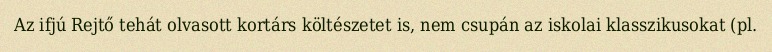
Az ifjú Rejtő tehát olvasott kortárs költészetet is, nem csupán az iskolai klasszikusokat (pl.